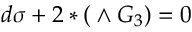
d \sigma + 2 * ( \O \wedge G _ { 3 } ) = 0